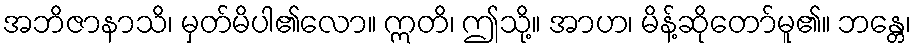
အဘိဇာနာသိ၊ မှတ်မိပါ၏လော။ ဣတိ၊ ဤသို့။ အာဟ၊ မိန့်ဆိုတော်မူ၏။ ဘန္တေ၊